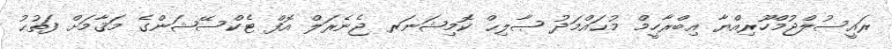
ރައީސުލްޖުމްހޫރިއްޔާ އިބްރާހީމް މުޙައްމަދު ޞާލިޙް ކޮމިޝަނަރ ޖެނެރަލް އޮފް ޓެކްސޭޝަންގެ މަޤާމަށް ފަތުޙު